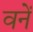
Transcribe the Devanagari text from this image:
वनें